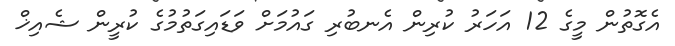
އެގޮތުން މީގެ 12 އަހަރު ކުރިން އެނބުރި ގައުމަށް ވަޑައިގަތުމުގެ ކުރީން ޝެއިޚް